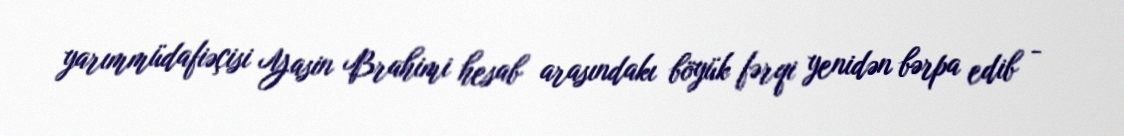
yarımmüdafiəçisi Yasin Brahimi hesab arasındakı böyük fərqi yenidən bərpa edib -